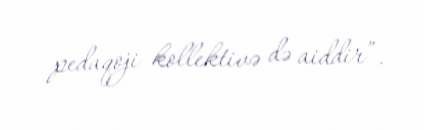
pedaqoji kollektivə də aiddir”.